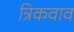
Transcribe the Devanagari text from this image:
त्रिकवाव